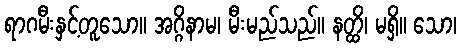
ရာဂမီးနှင့်တူသော။ အဂ္ဂိနာမ၊ မီးမည်သည်။ နတ္ထိ၊ မရှိ။ သော၊